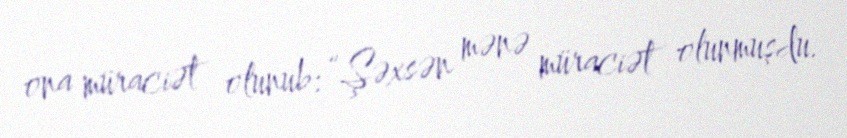
ona müraciət olunub: “Şəxsən mənə müraciət olunmuşdu.